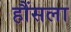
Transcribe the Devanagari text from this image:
हौंसला